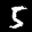
Label: 5